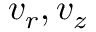
v _ { r } , v _ { z }